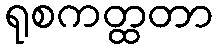
ရုစကတ္ထတာ